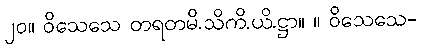
၂၀။ ဝိသေသေ တရတမိ.သိကိ.ယိ.ဋ္ဌာ။ ။ ဝိသေသေ-